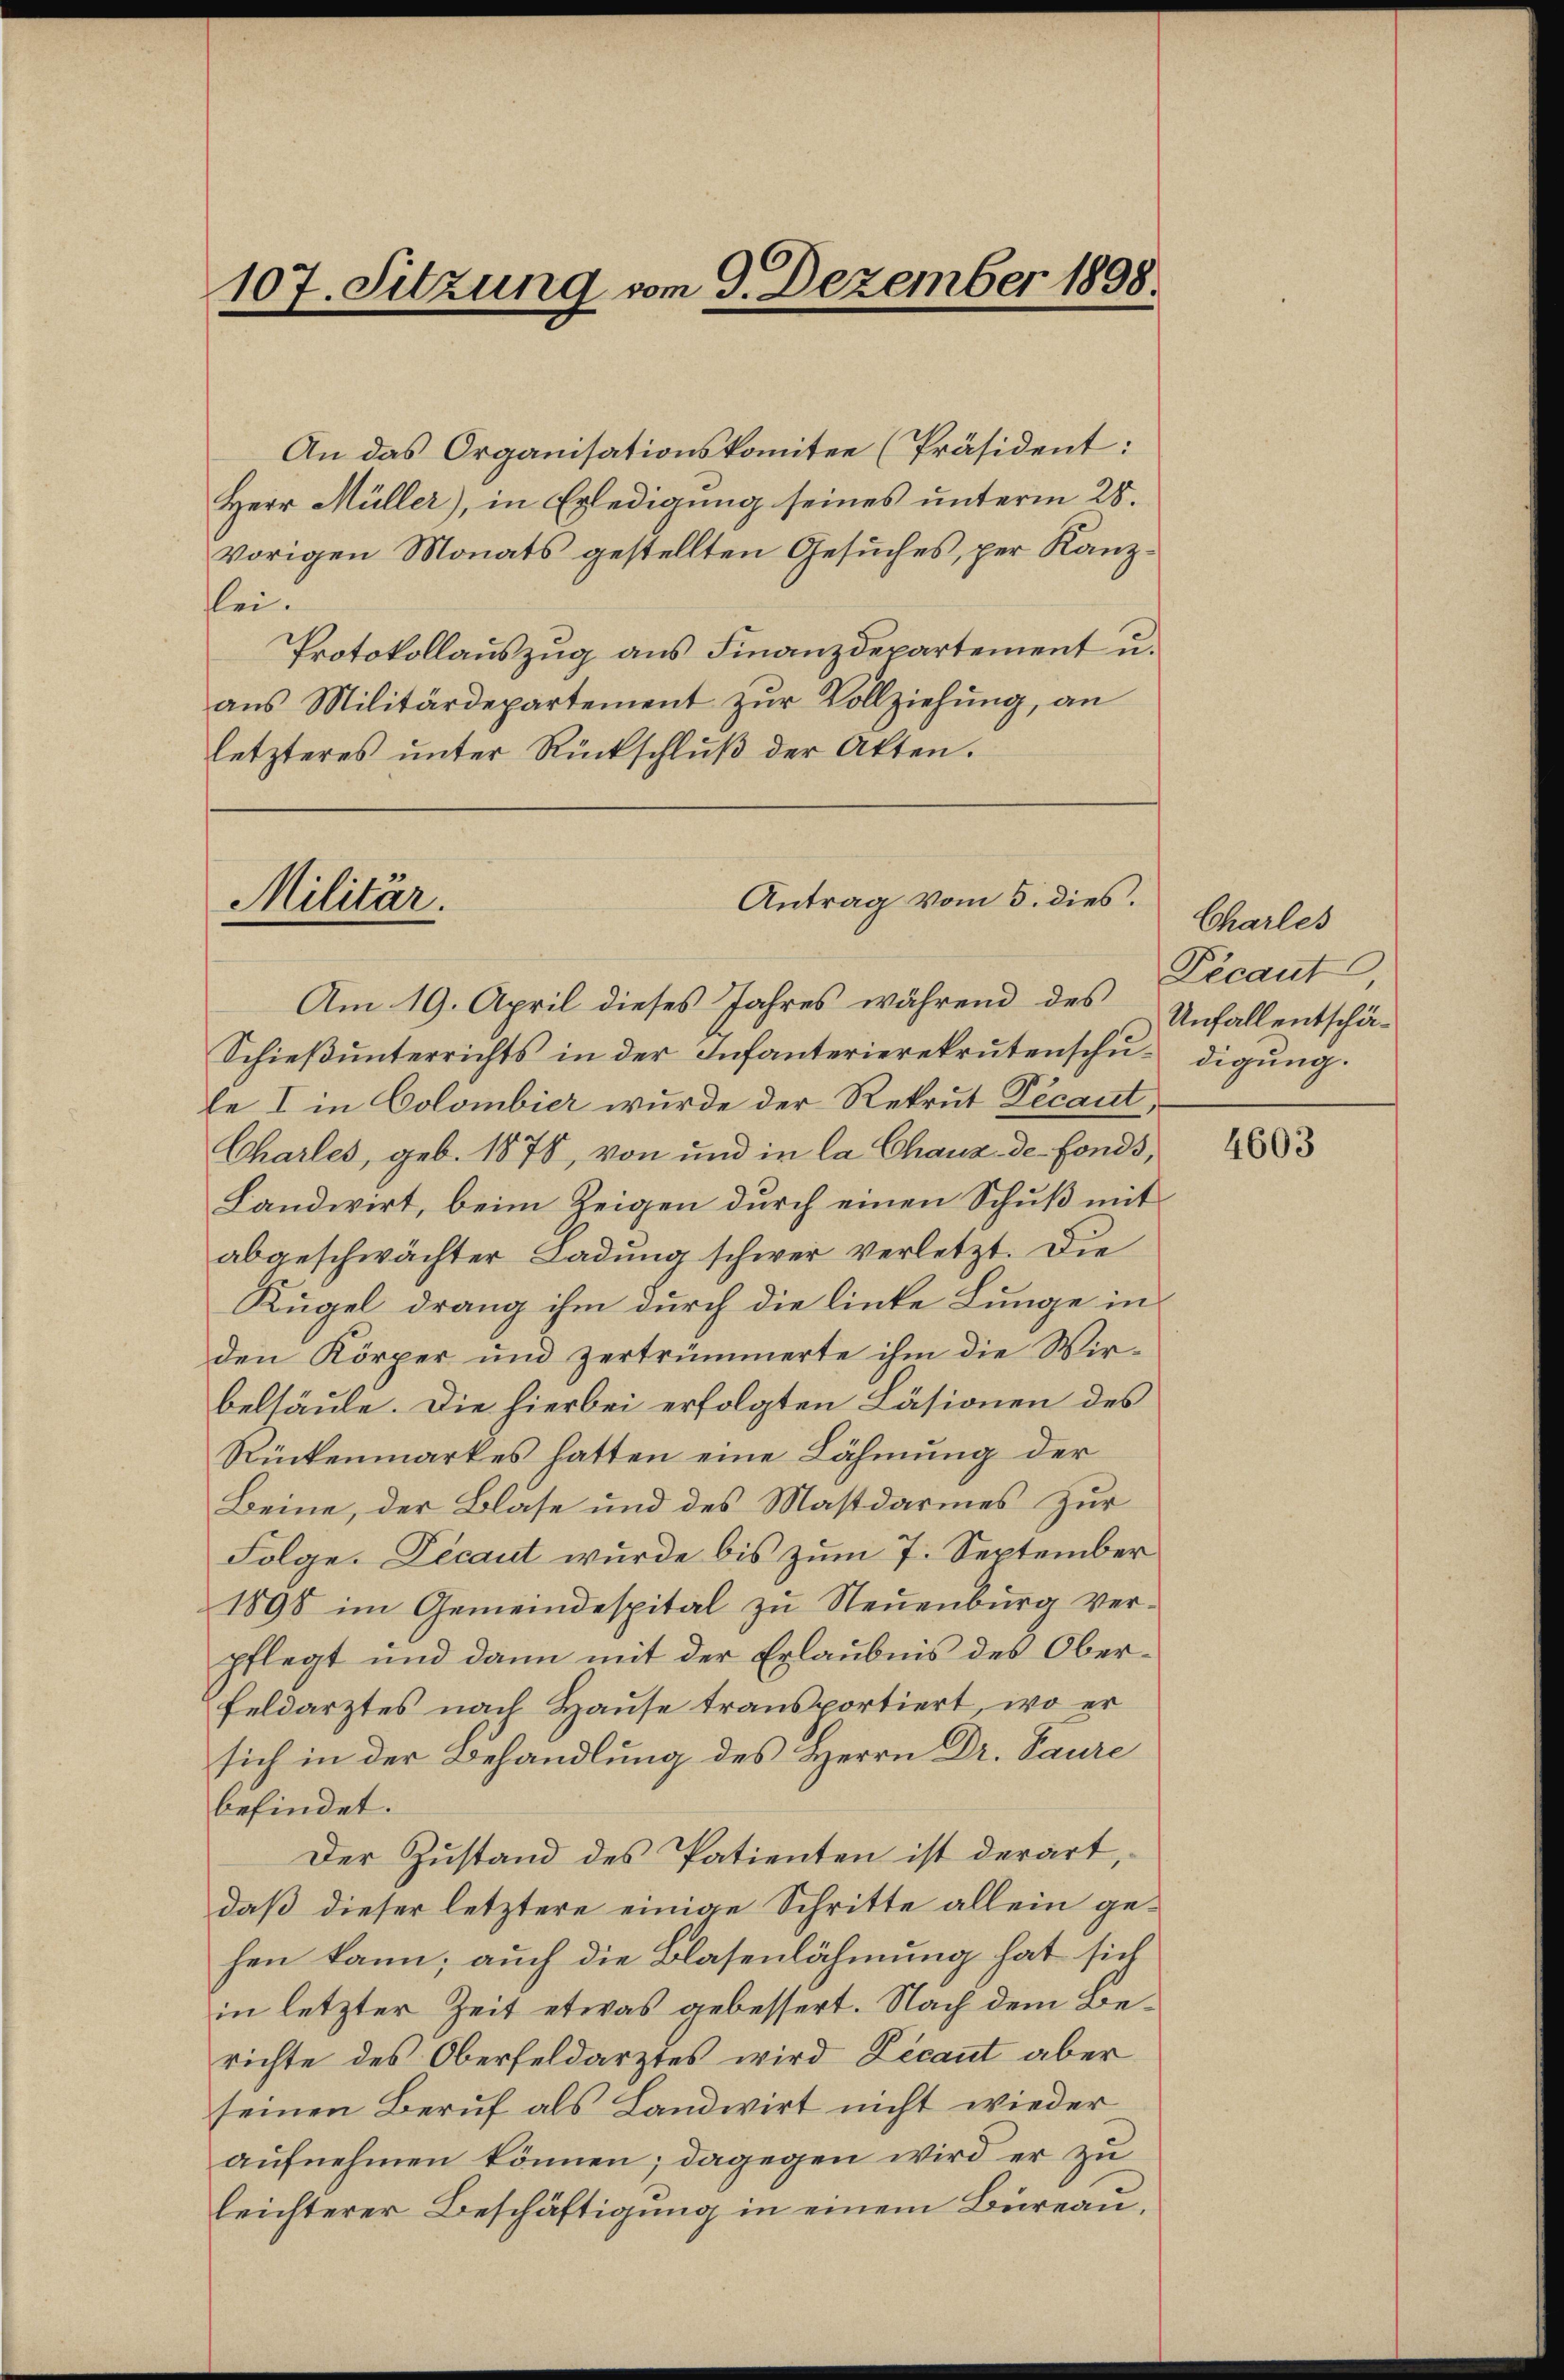
107. Sitzung vom 9. Dezember 1898.

An das Organisationskomitee (Präsident:
Herr Müller), in Erledigung seines unterm 28.
vorigen Monats gestellten Gesuches, per Kanzlei.
Protokollauszug aus Finanzdepartement u.
aŭs Militärdepartement zŭr Vollziehung, an
letzteres ŭnter Rückschlŭβ der Akten.

Antrag vom 5. dies.
Militär.

Am 19. April dieses Jahres während des Unfallentschä-
Schieß unterrichts in der Infanterierekrutenschule I in Colombier wurde der Rekrut Decant,
Charles, geb. 1878, von und in la Chaus de fonds,
Landwirt, beim Zeigen durch einen Schuß mit
abgeschwächter Ladung schwer verletzt. Die
Kugel drang ihm durch die linke Lunge in
den Körper und zertrümmerte ihm die Wir-
belsäule. Die hierbei erfolgten Läsionen des
Rückenmarkes hatten eine Lähmung der
Beine, der Blase und des Mastdarmes Zur
Folge. Decaut wurde bis zum 7. September
1898 im Gemeindespital zu Neuenburg verpflegt und dann mit der Erlaubnis des Ober¬
Feldarztes nach Hause transportiert, wo er
sich in der Behandlung des Herrn Dr. Saure
befindet.
Der Zustand des Patienten ist derart,
daß dieser letztere einige Schritte allein gehen kann; auch die Blasenlähmung hat sich
in letzter Zeit etwas gebessert. Nach dem Berichte des Oberfeldarztes wird Zecant aber
seinen Beruf als Landwirt nicht wieder
aufnehmen können; dagegen wird er zu
leichterer Beschäftigung in einem Bureau,

Charles
Pécaut
digung.

4603